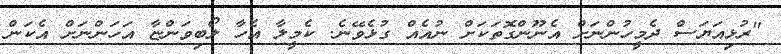
"ރުޅިއަޔަސް ދެމީހުންނަށް އެނޫންގޮތަކަށް ނުއެއް ގުޅެވޭނެ. ކެމީލާ އެހާ ލޯބިވަންޏާ އަހަންނަށް އެކަން